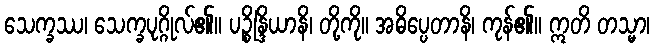
သေက္ခဿ၊ သေက္ခပုဂ္ဂိုလ်၏။ ပဉ္စိန္ဒြိယာနိ၊ တို့ကို။ အဓိပ္ပေတာနိ၊ ကုန်၏။ ဣတိ တသ္မာ၊